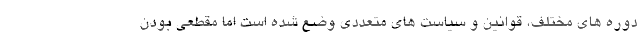
دوره های مختلف، قوانین و سیاست های متعددی وضع شده است اما مقطعی بودن